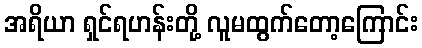
အရိယာ ရှင်ရဟန်းတို့ လူမထွက်တော့ကြောင်း